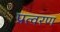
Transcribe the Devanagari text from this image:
प्रत्वरण